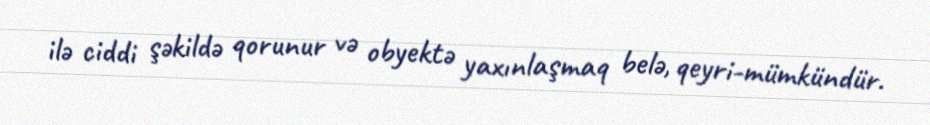
ilə ciddi şəkildə qorunur və obyektə yaxınlaşmaq belə, qeyri-mümkündür.